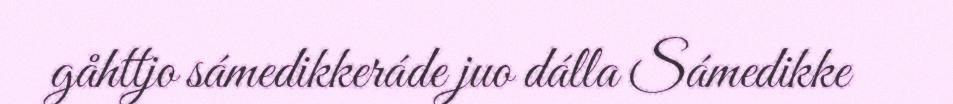
gåhttjo sámedikkeráde juo dálla Sámedikke